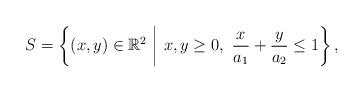
LaTeX: \begin{align*}S = \left\{ (x,y) \in \mathbb{R}^2 \,\, \middle| \,\, x,y \ge 0, \,\, \frac{x}{a_1} + \frac{y}{a_2} \le 1 \right\} ,\end{align*}